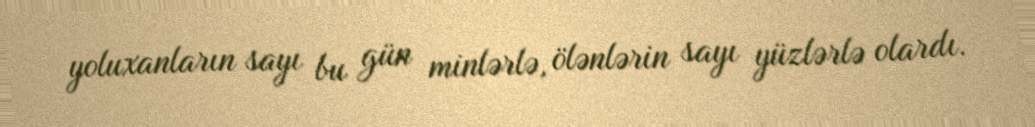
yoluxanların sayı bu gün minlərlə, ölənlərin sayı yüzlərlə olardı.